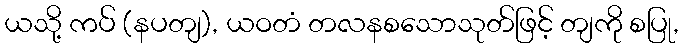
ယသို့ ကပ် (နပတျ), ယဝတံ တလနစသောသုတ်ဖြင့် တျကို စပြု,